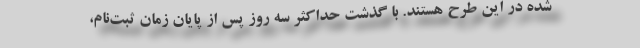
شده در این طرح هستند. با گذشت حداکثر سه روز پس از پایان زمان ثبت‌نام،